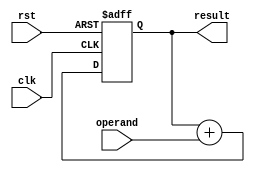
module accumulator(
  input clk,   // Clock input
  input rst,   // Reset input
  input [7:0] operand,  // Operand input
  output reg [15:0] result   // Result output
);

reg [15:0] acc;   // Accumulator register

always @(posedge clk or posedge rst) begin
  if (rst) begin
    acc <= 16'd0;   // Reset accumulator to zero
  end else begin
    acc <= acc + operand;   // Accumulate operand
  end
end

assign result = acc;   // Output the accumulated result

endmodule